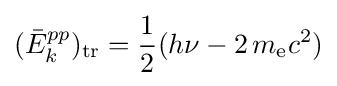
({\bar {E}}_{k}^{pp})_{\text{tr}}={\frac {1}{2}}(h\nu -2\,m_{\text{e}}c^{2})